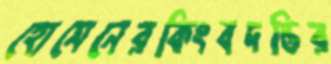
হোসেনেরকিংবদন্তির